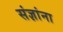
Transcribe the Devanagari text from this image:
संज्ञांना